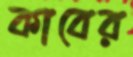
কাবের